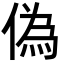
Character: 偽